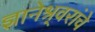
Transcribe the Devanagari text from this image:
ज्ञानेश्र्वरांचे